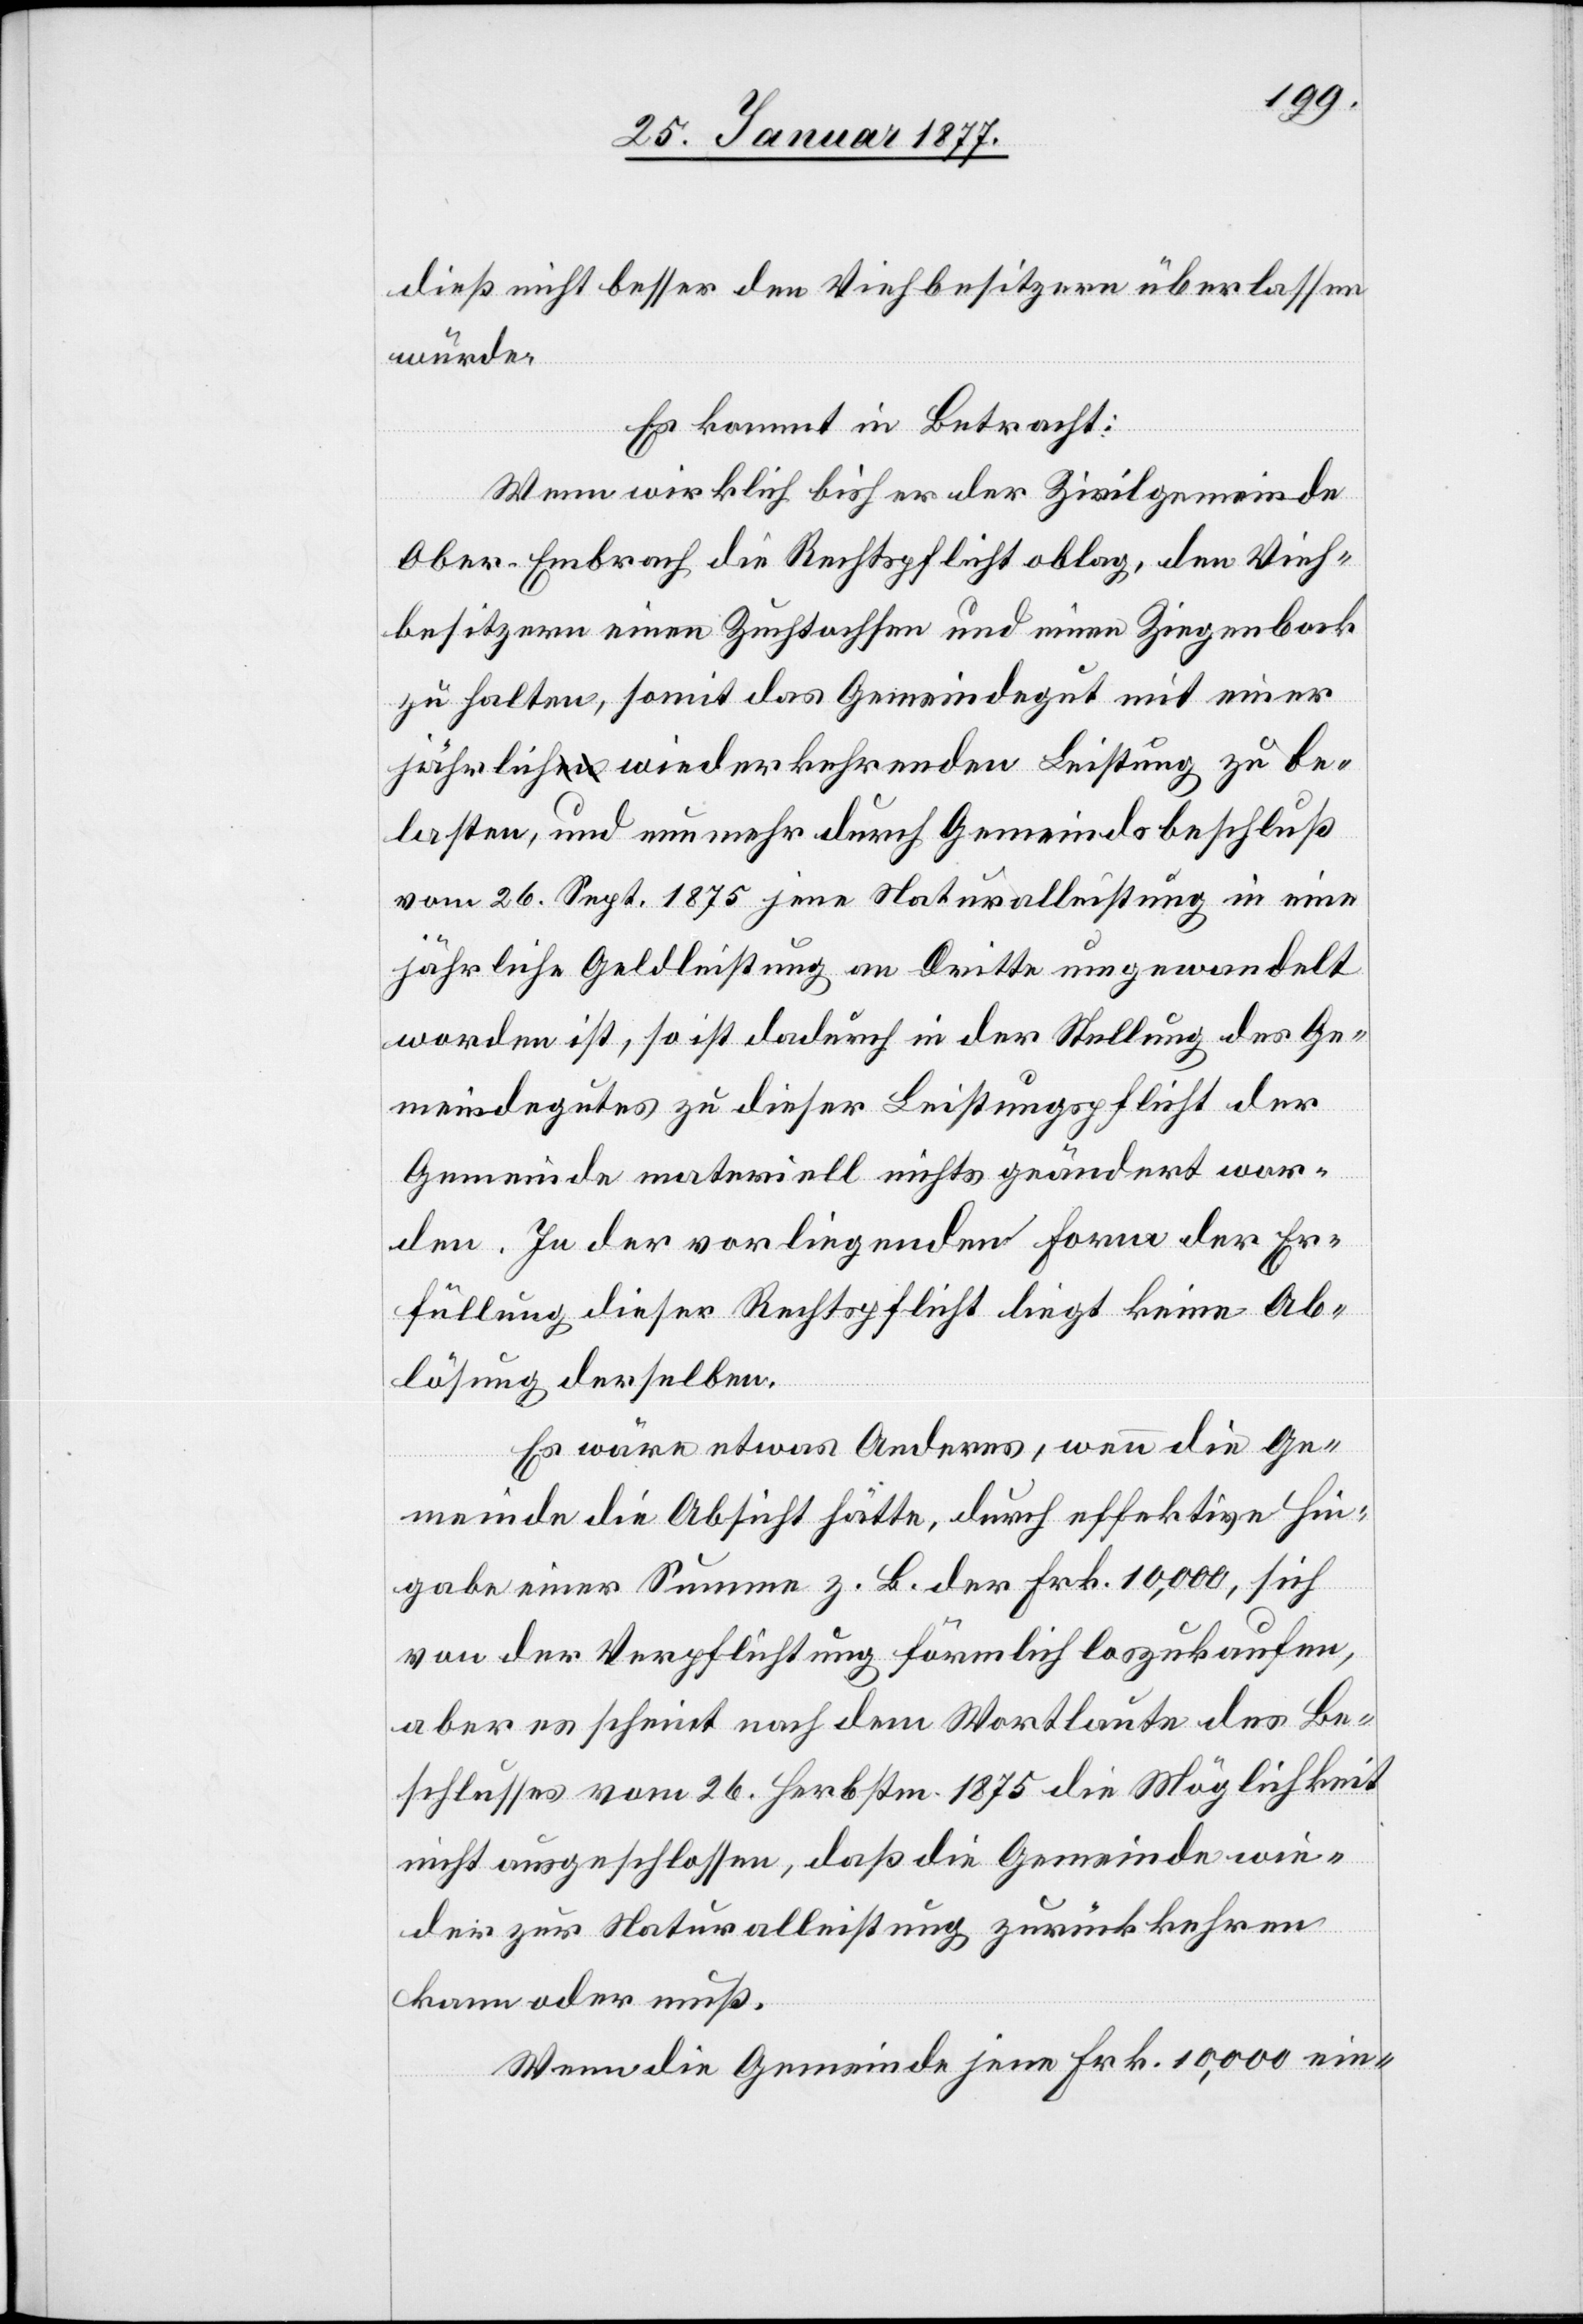
dieß nicht besser den Viehbesitzern überlassen
würde.
Es kommt in Betracht:
Wenn wirklich bisher der Zivilgemeinde
Ober-Embrach die Rechtspflicht oblag, den Vieh¬
besitzern einen Zuchtochsen und einen Ziegenbock
zu halten, somit das Gemeindegut mit einer
jährlich wiederkehrenden Leistung zu be¬
lasten, und nunmehr durch Gemeindsbeschluß
vom 26. Sept. 1875 jene Naturalleistung in eine
jährliche Geldleistung an Dritte umgewandelt
worden ist, so ist dadurch in der Stellung des Ge¬
meindegutes zu dieser Leistungspflicht der
Gemeinde materiell nichts geändert wor¬
den. In der vorliegenden Form der Er¬
füllung dieser Rechtspflicht liegt keine Ab¬
lösung derselben.
Es wäre etwas anderes, wenn die Ge¬
meinde die Absicht hätte, durch effektive Hin¬
gabe einer Summe z. B. der Frk. 10,000, sich
von der Verpflichtung sämmtlich loszukaufen,
aber es scheint nach dem Wortlaute des Be¬
schlusses vom 26. Herbstm. 1875 die Möglichkeit
nicht ausgeschlossen, daß die Gemeinde wie¬
der zur Naturalleistung zurückkehren
kann oder muß.
Wenn die Gemeinde jene Frk. 10,000 ein-